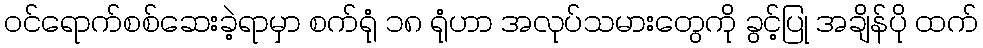
ဝင်ရောက်စစ်ဆေးခဲ့ရာမှာ စက်ရုံ ၁၈ ရုံဟာ အလုပ်သမားတွေကို ခွင့်ပြု အချိန်ပို ထက်